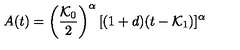
A ( t ) = \left( \frac { { \cal { K } } _ { 0 } } { 2 } \right) ^ { \alpha } [ ( 1 + d ) ( t - { \cal { K } } _ { 1 } ) ] ^ { \alpha }